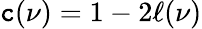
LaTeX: \mathtt{c}(\nu)=1-2\ell(\nu)